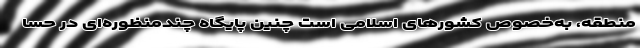
منطقه، به‌خصوص کشورهای اسلامی است چنین پایگاه چندمنظوره‌ای در حسا